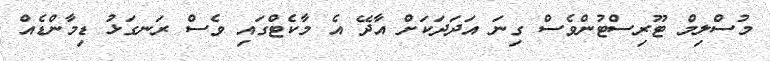
މުސްލިމް ޓޫރިސްޓުންވެސް ގިނަ އަދަދަކަށް އާދޭ އެ މާކެޓްގައި ވެސް ރަނގަޅު ޑިމާންޑެއް